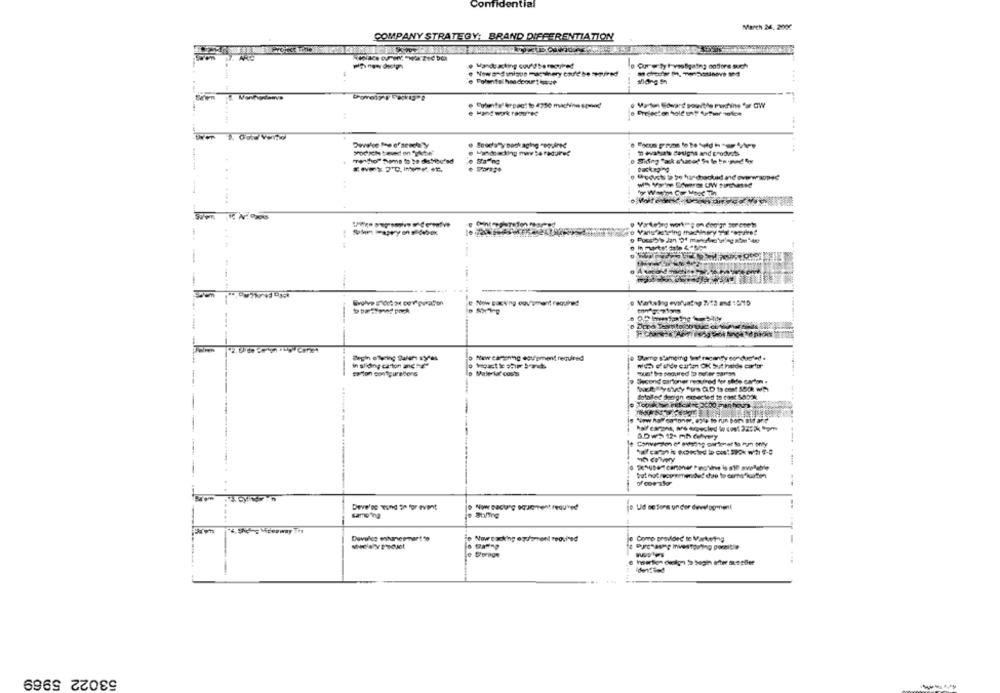
Confidential
March 24, 200℃
COMPANY STRATEGY: BRAND DIFFERENTIATION
o Curw ty l vanligating onthors such
e Polunfal handcourt kede
Develop fee of seseta"y
1 ovatsats designs and products
.....
Vorteileg working on doolge sor onete
Grohe s'ort at corporation
Now EGENng Cov'smant required
--
*tew carmoning edu'sment required
o Parte stamping Seat recently conducted .
Malerlat costs
Second cartoner required fue stile caton .
--
Deve'os -wind 20 for event
Ud ce Sens un cor development
samo ing
io Nowtack'ng equipment required
Come provided te Marketing
Purchase mestgoing pornitie
53022 5969